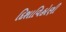
દિશાવિહોણી